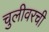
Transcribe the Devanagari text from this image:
चुलीवरची